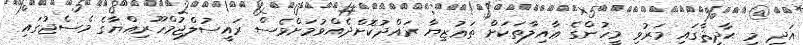
އަދި މި ޙާދިޘާގައި މަރުވި މީހުންގެ ޢާއިލާތަކަށް ތަޢުޒިޔާ ރައްދުކޮށްދެއްވުމަށްވެސް ރައީސުލްޖުމްހޫރިއްޔާގެ މެސެޖުގައި